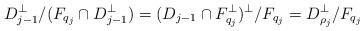
LaTeX: \begin{align*} D_{j-1}^\perp/(F_{q_j}\cap D_{j-1}^\perp) = (D_{j-1}\cap F_{q_j}^\perp)^\perp/F_{q_j} = D_{\rho_j}^\perp/F_{q_j}\end{align*}